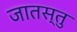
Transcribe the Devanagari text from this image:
जातस्तु